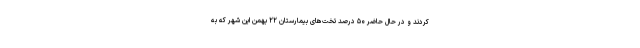
کردند و در حال حاضر ۵۰ درصد تخت‌های بیمارستان ۲۲ بهمن این شهر که به